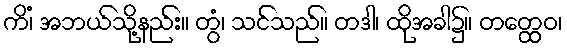
ကိံ၊ အဘယ်သို့နည်း။ တွံ၊ သင်သည်။ တဒါ၊ ထိုအခါ၌။ တတ္ထေဝ၊